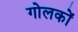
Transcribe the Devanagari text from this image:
गोलकों